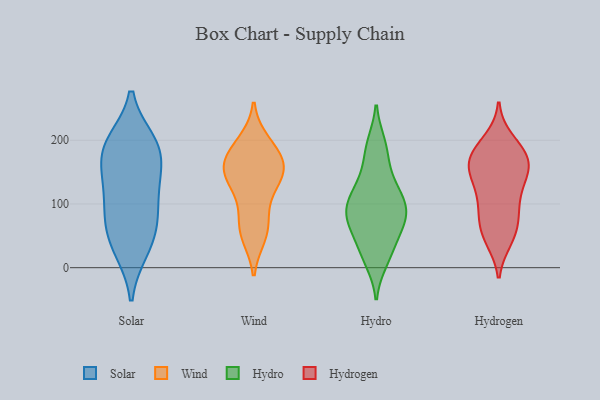
{"axis": {"x": "Temperature (°C)", "y": "Value"}, "legend": ["Hydro", "Hydrogen", "Solar", "Wind"], "data": [{"x": "", "y": 140, "type": "Solar"}, {"x": "", "y": 29, "type": "Solar"}, {"x": "", "y": 188, "type": "Solar"}, {"x": "", "y": 186, "type": "Solar"}, {"x": "", "y": 196, "type": "Solar"}, {"x": "", "y": 119, "type": "Solar"}, {"x": "", "y": 73, "type": "Solar"}, {"x": "", "y": 66, "type": "Solar"}, {"x": "", "y": 33, "type": "Solar"}, {"x": "", "y": 191, "type": "Solar"}, {"x": "", "y": 90, "type": "Solar"}, {"x": "", "y": 147, "type": "Solar"}, {"x": "", "y": 181, "type": "Wind"}, {"x": "", "y": 158, "type": "Wind"}, {"x": "", "y": 128, "type": "Wind"}, {"x": "", "y": 146, "type": "Wind"}, {"x": "", "y": 63, "type": "Wind"}, {"x": "", "y": 59, "type": "Wind"}, {"x": "", "y": 196, "type": "Wind"}, {"x": "", "y": 160, "type": "Wind"}, {"x": "", "y": 51, "type": "Wind"}, {"x": "", "y": 100, "type": "Wind"}, {"x": "", "y": 186, "type": "Wind"}, {"x": "", "y": 148, "type": "Wind"}, {"x": "", "y": 150, "type": "Wind"}, {"x": "", "y": 142, "type": "Hydro"}, {"x": "", "y": 194, "type": "Hydro"}, {"x": "", "y": 193, "type": "Hydro"}, {"x": "", "y": 64, "type": "Hydro"}, {"x": "", "y": 87, "type": "Hydro"}, {"x": "", "y": 50, "type": "Hydro"}, {"x": "", "y": 48, "type": "Hydro"}, {"x": "", "y": 111, "type": "Hydro"}, {"x": "", "y": 102, "type": "Hydro"}, {"x": "", "y": 83, "type": "Hydro"}, {"x": "", "y": 77, "type": "Hydro"}, {"x": "", "y": 22, "type": "Hydro"}, {"x": "", "y": 138, "type": "Hydro"}, {"x": "", "y": 88, "type": "Hydro"}, {"x": "", "y": 174, "type": "Hydro"}, {"x": "", "y": 11, "type": "Hydro"}, {"x": "", "y": 106, "type": "Hydro"}, {"x": "", "y": 77, "type": "Hydro"}, {"x": "", "y": 116, "type": "Hydro"}, {"x": "", "y": 16, "type": "Hydro"}, {"x": "", "y": 91, "type": "Hydrogen"}, {"x": "", "y": 77, "type": "Hydrogen"}, {"x": "", "y": 156, "type": "Hydrogen"}, {"x": "", "y": 69, "type": "Hydrogen"}, {"x": "", "y": 167, "type": "Hydrogen"}, {"x": "", "y": 51, "type": "Hydrogen"}, {"x": "", "y": 136, "type": "Hydrogen"}, {"x": "", "y": 156, "type": "Hydrogen"}, {"x": "", "y": 150, "type": "Hydrogen"}, {"x": "", "y": 153, "type": "Hydrogen"}, {"x": "", "y": 178, "type": "Hydrogen"}, {"x": "", "y": 172, "type": "Hydrogen"}, {"x": "", "y": 46, "type": "Hydrogen"}, {"x": "", "y": 93, "type": "Hydrogen"}, {"x": "", "y": 187, "type": "Hydrogen"}, {"x": "", "y": 200, "type": "Hydrogen"}, {"x": "", "y": 118, "type": "Hydrogen"}, {"x": "", "y": 118, "type": "Hydrogen"}, {"x": "", "y": 44, "type": "Hydrogen"}, {"x": "", "y": 186, "type": "Hydrogen"}]}